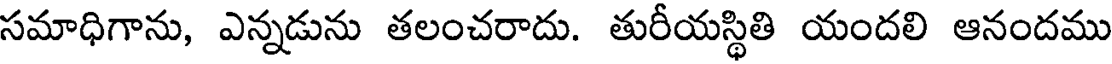
సమాధిగాను, ఎన్నడును తలంచరాదు. తురీయస్థితి యందలి ఆనందము